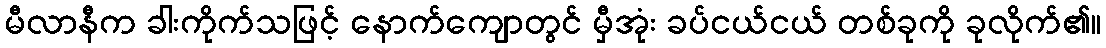
မီလာနီက ခါးကိုက်သဖြင့် နောက်ကျောတွင် မှီအုံး ခပ်ငယ်ငယ် တစ်ခုကို ခုလိုက်၏။